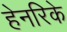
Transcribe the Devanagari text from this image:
हेनरिके